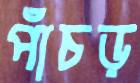
পাঁচড়